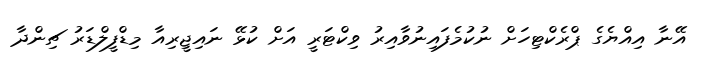
އޭނާ އިއްޔެގެ ޕްރެކްޓިހަށް ނުކުމެފައިނުވާއިރު ވިކްޓަރީ އަށް ކުޅޭ ނައިޖީރިއާ މިޑްފީލްޑަރު ޗިންދާ